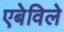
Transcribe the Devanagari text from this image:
एबेविले